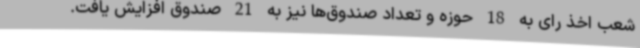
شعب اخذ رای به 18 حوزه و تعداد صندوق‌ها نیز به 21 صندوق افزایش یافت.